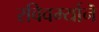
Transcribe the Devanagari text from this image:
रविवर्म्यानॆ